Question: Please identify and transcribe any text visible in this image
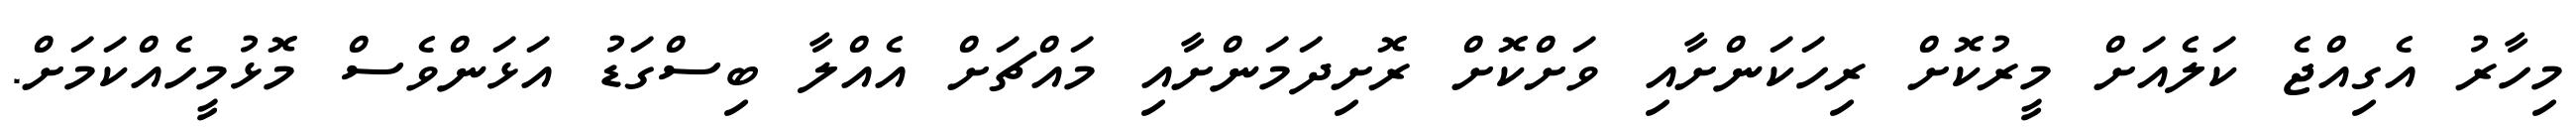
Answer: މިހާރު އެގިއްޖެ ކަލެއަށް މީރުކޮށް ރިހަކަންށާއި ވަށްކޮށް ރޮށިދަމަންށާއި މައްޗަށް އެއްލާ ބިސްގަޑު އަޅަންވެސް މޮޅުމީހެއްކަމަށް.